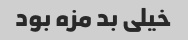
خیلی بد مزه بود